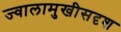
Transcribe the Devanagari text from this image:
ज्वालामुखीसदृश